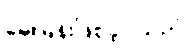
မေးမြန်းဖြစ်ခဲ့ပါသည်